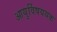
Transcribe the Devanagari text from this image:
आयुर्विषययक